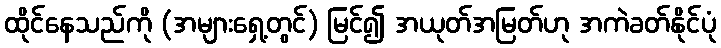
ထိုင်နေသည်ကို (အများရှေ့တွင်) မြင်၍ အယုတ်အမြတ်ဟု အကဲခတ်နိုင်ပုံ